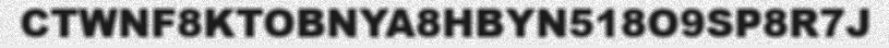
CTWNF8KTOBNYA8HBYN518O9SP8R7J